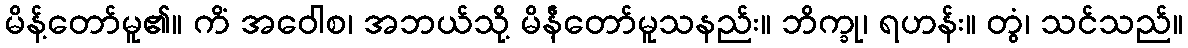
မိန့်တော်မူ၏။ ကိံ အဝေါစ၊ အဘယ်သို့ မိန်ဲ့တော်မူသနည်း။ ဘိက္ခု၊ ရဟန်း။ တွံ၊ သင်သည်။